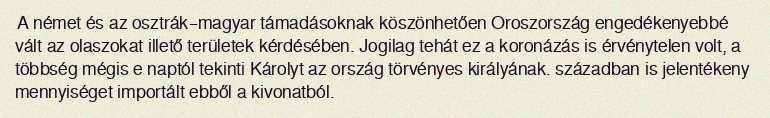
A német és az osztrák–magyar támadásoknak köszönhetően Oroszország engedékenyebbé vált az olaszokat illető területek kérdésében. Jogilag tehát ez a koronázás is érvénytelen volt, a többség mégis e naptól tekinti Károlyt az ország törvényes királyának. században is jelentékeny mennyiséget importált ebből a kivonatból.